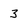
Character: 3